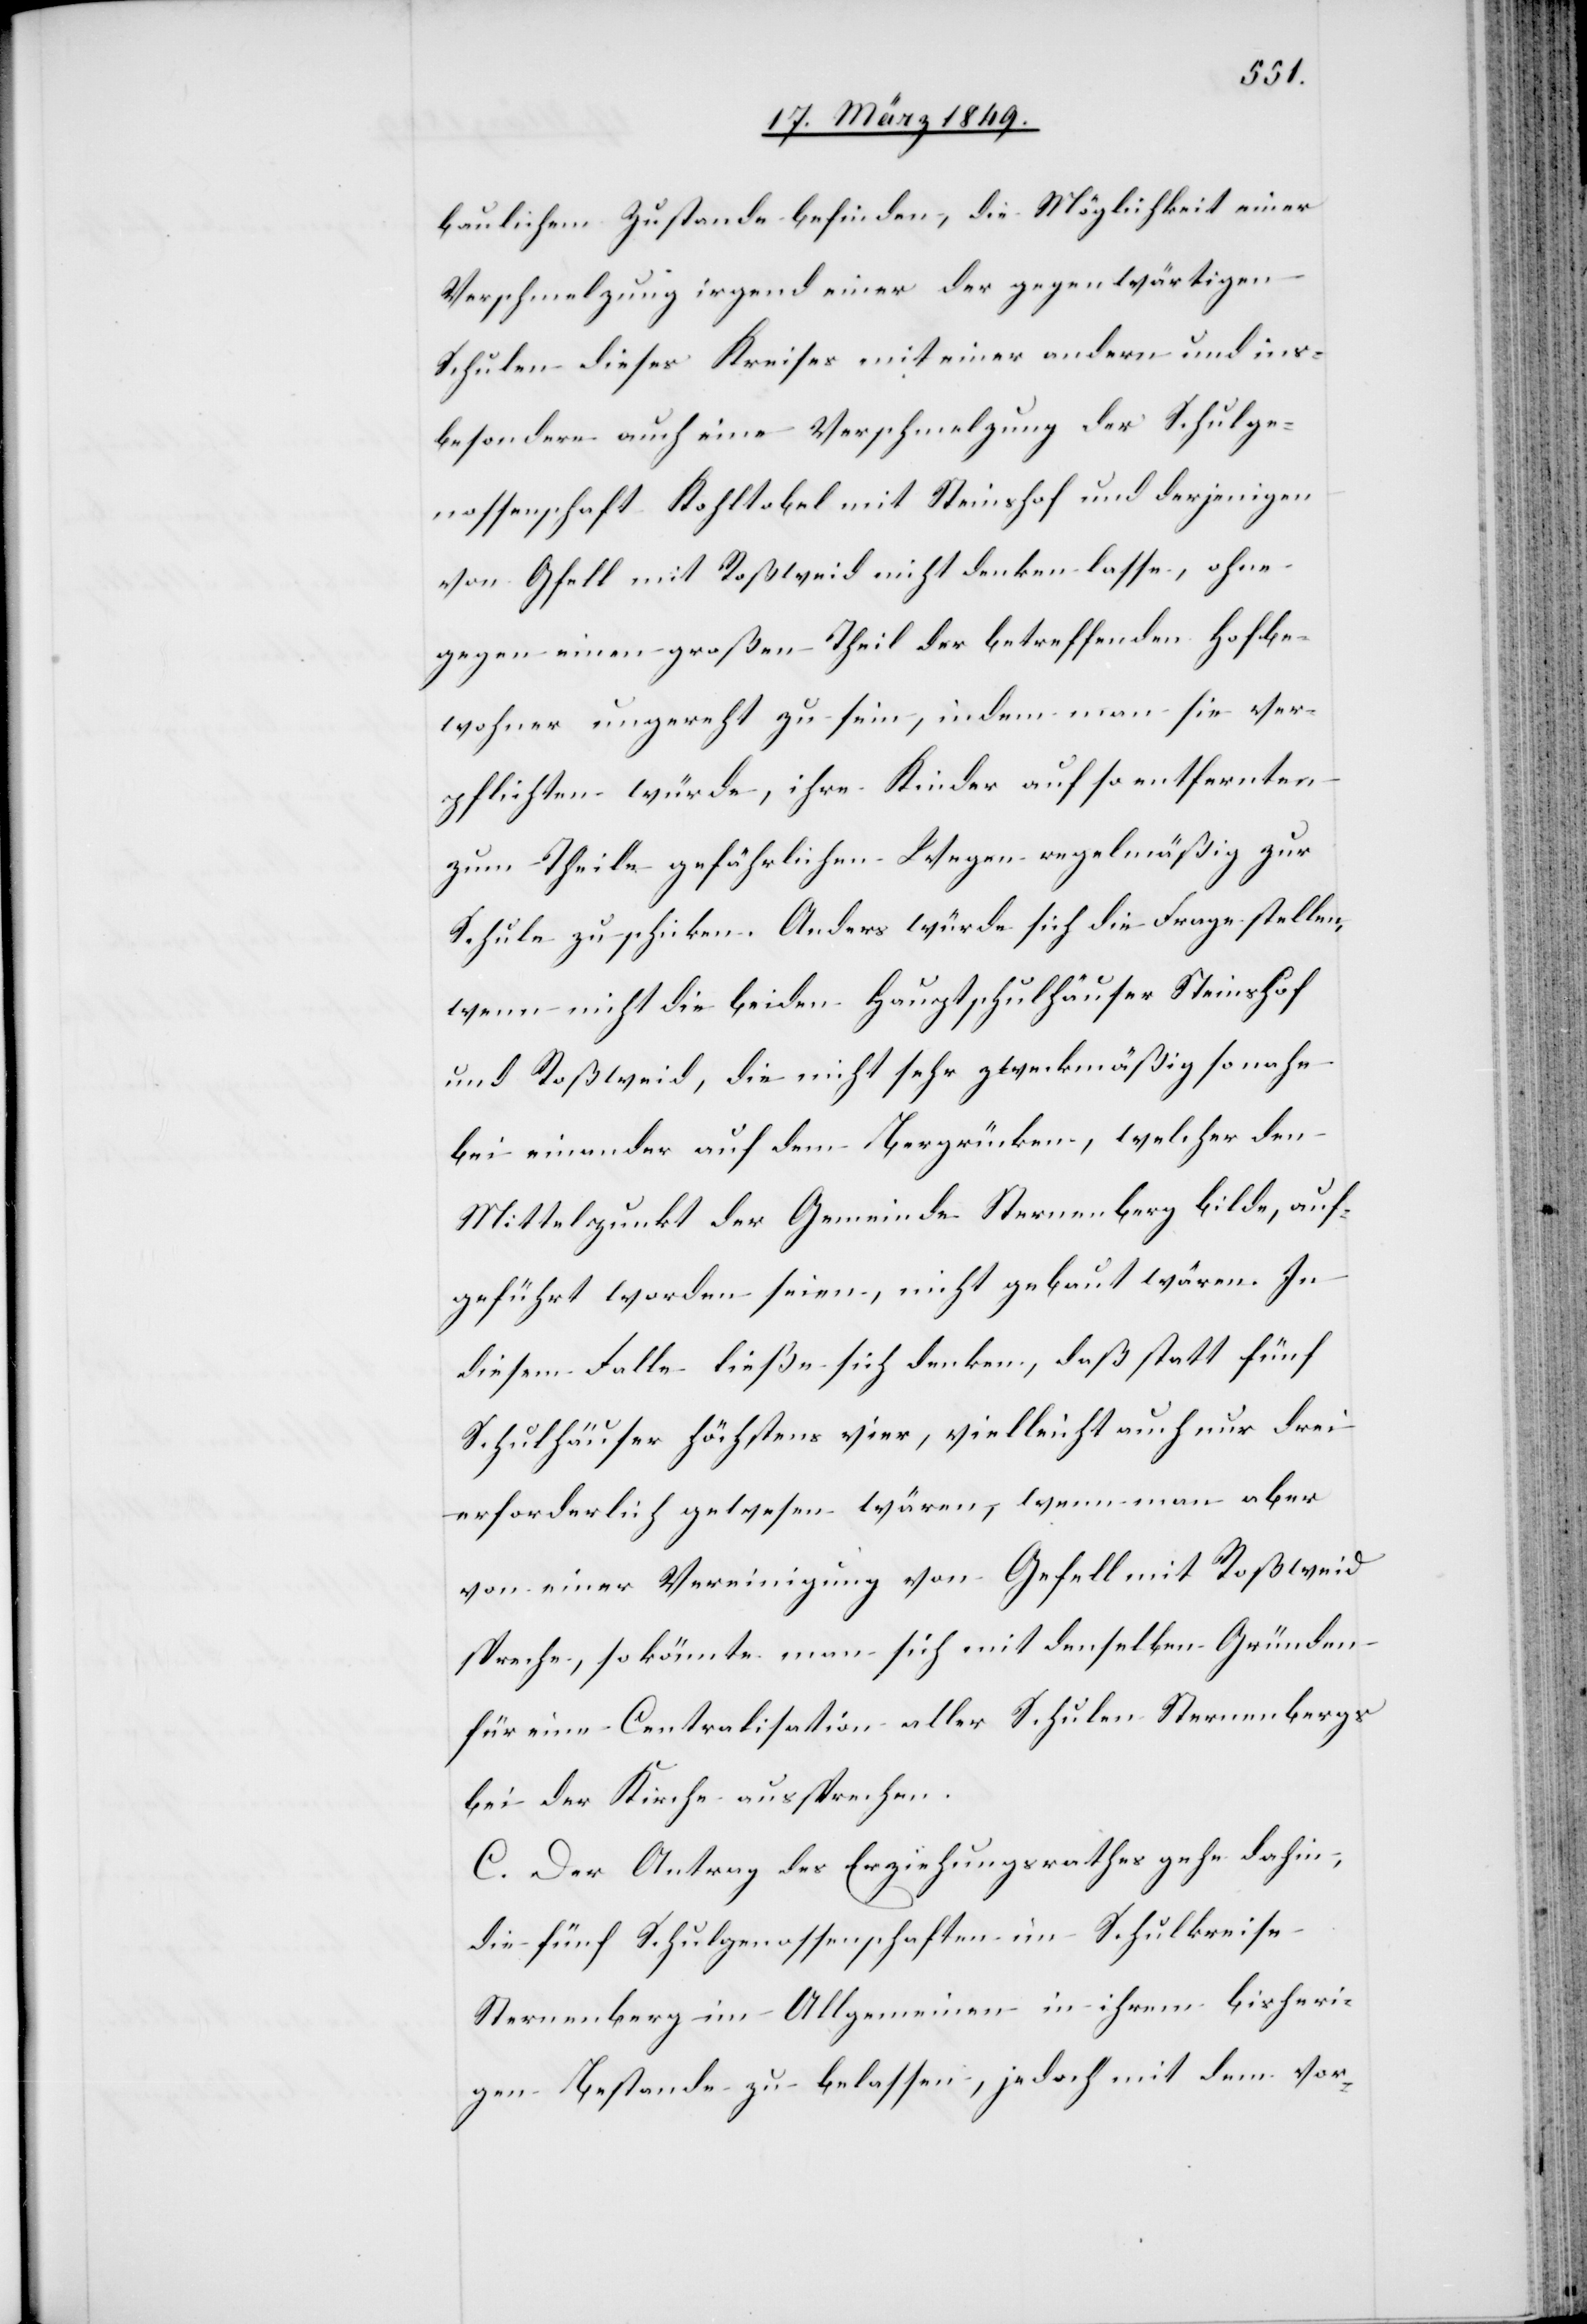
baulichem [sic!] Zustande befinden, die Möglichkeit einer
Verschmelzung irgend einer der gegenwärtigen
Schulen dieses Kreises mit einer andern und ins¬
besondere auch eine Verschmelzung der Schulge¬
nossenschaft Kohltobel mit Steinshof und derjenigen
von Gfell mit Roßweid nicht denken lasse, ohne
gegen einen großen Theil der betreffenden Hofbe¬
wohner ungerecht zu sein, indem man sie ver¬
pflichten würde, ihre Kinder auf so entfernten
zum Theile gefährlichen Wegen regelmäßig zur
Schule zu schicken. Anders würde sich die Frage stellen,
wenn nicht die beiden Hauptschulhäuser Steinshof
und Roßweid, die nicht sehr zweckmäßig so nahe
bei einander auf dem Bergrücken, welcher den
Mittelpunkt der Gemeinde Sternenberg bilde, auf¬
geführt worden seien, nicht gebaut wären. In
diesem Falle ließe sich denken, daß statt fünf
Schulhäuser höchstens vier, vielleicht auch nur drei
erforderlich gewesen wären, wenn man aber
von einer Vereinigung von Gefell [sic!] mit Roßweid
spreche, so könnte man sich mit denselben Gründen
für eine Centralisation aller Schulen Sternenbergs
bei der Kirche aussprechen.
C. Der Antrag des Erziehungsrathes gehe dahin,
die fünf Schulgenossenschaften im Schulkreise
Sternenberg im Allgemeinen in ihrem bisheri¬
gen Bestande zu belassen, jedoch mit dem vor-